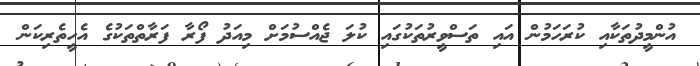
އުންމީދުތަކާއި ކުރަހަމުން އައި ތަސްވީރުތަކުގައި ކުލަ ޖެއްސުމަށް މިއަދު ފޯރާ ފަރާތްތަކުގެ އެހީތެރިކަން